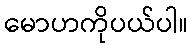
မောဟကိုပယ်ပါ။